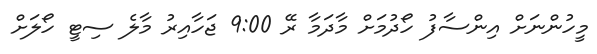
މީހުންނަށް އިންސާފު ހޯދުމަށް މާދަމާ ރޭ 9:00 ޖަހާއިރު މާލެ ސިޓީ ހޯލަށް